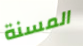
المسنة